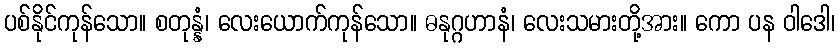
ပစ်နိုင်ကုန်သော။ စတုန္နံ၊ လေးယောက်ကုန်သော။ ဓနုဂ္ဂဟာနံ၊ လေးသမားတို့အား။ ကော ပန ဝါဒေါ၊